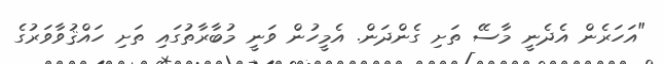
"އަހަރެން އެދެނީ މާސޭ ތަށި ގެންދަން. އެމީހުން ވަނީ މުބާރާތުގައި ތަށި ހައްޤުވާވަރުގެ